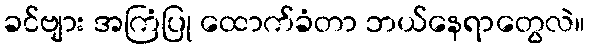
ခင်ဗျား အကြံပြု ထောက်ခံတာ ဘယ်နေရာတွေလဲ။